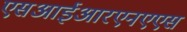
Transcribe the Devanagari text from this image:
एसआईआरएनएएस